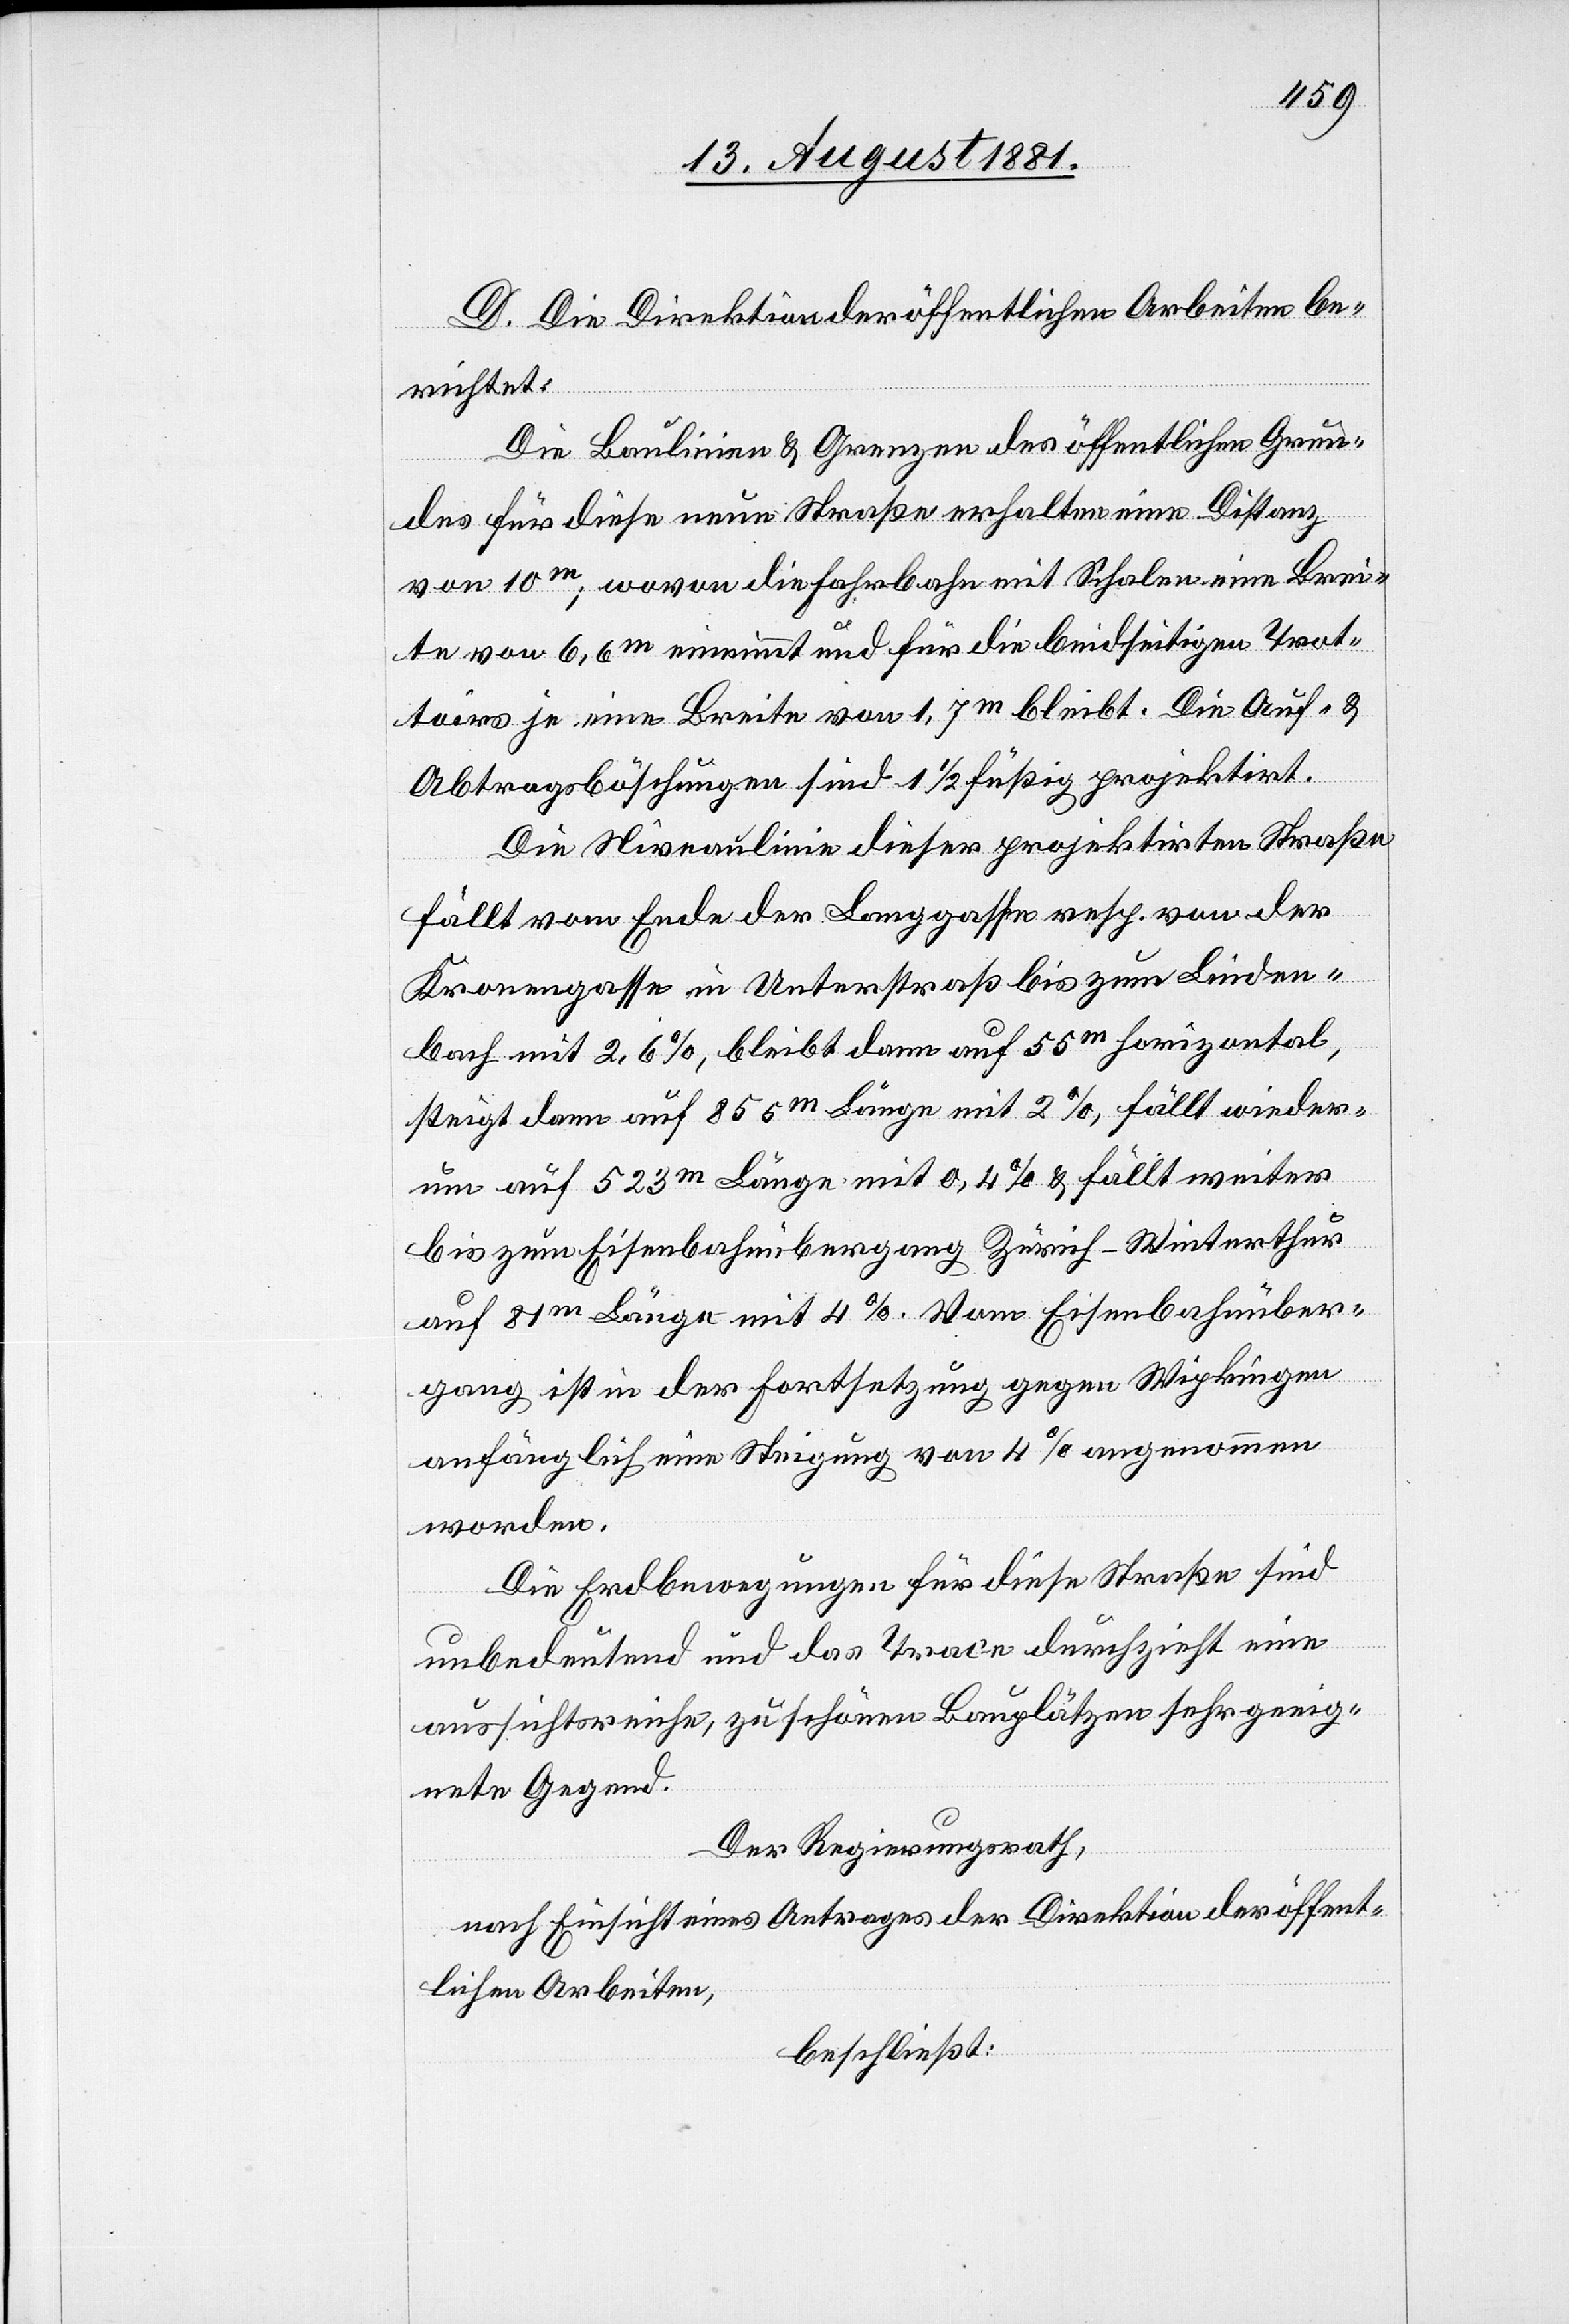
D. Die Direktion der öffentlichen Arbeiten be¬
richtet:
Die Baulinien & Grenzen des öffentlichen Grun¬
des für diese neue Straße erhalten eine Distanz
von 10m, wovon die Fahrbahn mit Schalen eine Brei¬
te von 6,6m einnimmt und für die beidseitigen Trot¬
toirs je eine Breite von 1,7m bleibt. Die Auf- &
Abtragsböschungen sind 1 1/2 füßig projektirt.
Die Niveaulinie dieser projektirten Straße
fällt vom Ende der Langgasse resp. von der
Kronengasse in Unterstraß bis zum Linden¬
bach mit 2,6%, bleibt dann auf 55m horizontal,
steigt dann auf 855m Länge mit 2%, fällt wieder¬
um auf 523m Länge mit 0,4% & fällt weiter
bis zum Eisenbahnübergang Zürich–Winterthur
auf 81m Länge mit 4%. Vom Eisenbahnüber¬
gang ist in der Fortsetzung gegen Wipkingen
anfänglich eine Steigung von 4% angenommen
worden.
Die Erdbewegungen für diese Straße sind
unbedeutend und das Trace durchzieht eine
aussichtsreiche, zu schönen Bauplätzen sehr geeig¬
nete Gegend.
Der Regierungsrath,
nach Einsicht eines Antrages der Direktion der öffent¬
lichen Arbeiten,
beschließt: